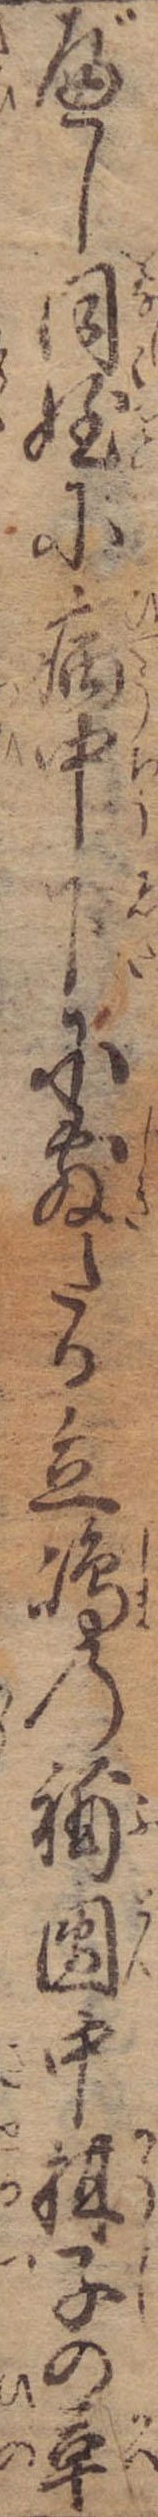
べし同姪に病中下に敷たる立島の補団中柑子の革